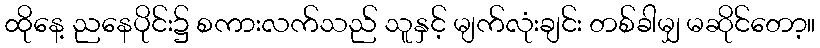
ထိုနေ့ ညနေပိုင်း၌ စကားလက်သည် သူနှင့် မျက်လုံးချင်း တစ်ခါမျှ မဆိုင်တော့။